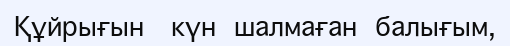
Құйрығын   күн  шалмаған  балығым,